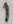
Text: 1